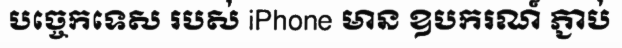
បច្ចេកទេស របស់ iPhone មាន ឧបករណ៍ ភ្ជាប់